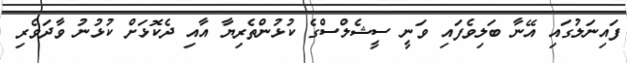
ފައިނަލުގައި އޭނާ ބަލިވެފައި ވަނީ ސީޝެލްސްގެ ކުޅުންތެރިޔާ އާއި ދެކޮޅަށް ކުޅުނު ވާދަވެރި